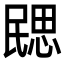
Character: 㥸